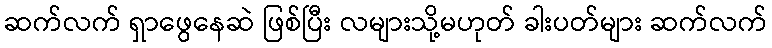
ဆက်လက် ရှာဖွေနေဆဲ ဖြစ်ပြီး လများသို့မဟုတ် ခါးပတ်များ ဆက်လက်